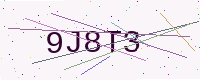
Text: 9J8T3